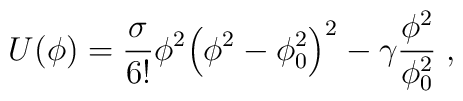
U(\phi)=\frac{\sigma}{6!}\phi^2{\left ( \phi^2-\phi_0^2\right)}^2-\gamma\frac{\phi^2}{\phi_0^2}\;,